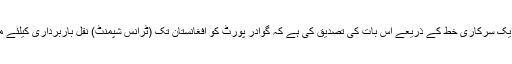
وزارت کامرس اور فیڈرل بورڈ آف ریونیو نے ایک سرکاری خط کے ذریعے اس بات کی تصدیق کی ہے کہ گوادر پورٹ کو افغانستان تک (ٹرانس شپمنٹ) نقل باربرداری کیلئے مرکز کے طور پر بھی استعمال کیا جاسکے گا ۔